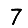
Digit: 7